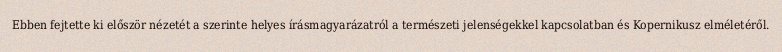
Ebben fejtette ki először nézetét a szerinte helyes írásmagyarázatról a természeti jelenségekkel kapcsolatban és Kopernikusz elméletéről.